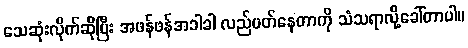
သေဆုံးလိုက်ဆိုပြီး အဖန်ဖန်အခါခါ လည်ပတ်နေတာကို သံသရာလို့ခေါ်တာပါ။